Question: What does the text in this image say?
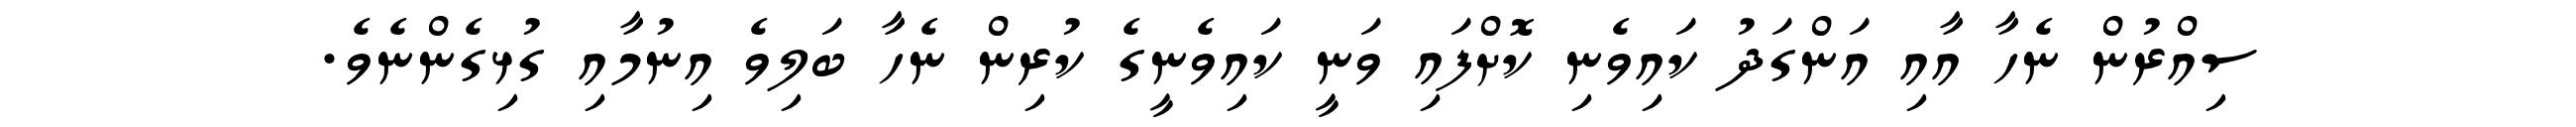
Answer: ސިއްރުން ނެހާ އާއި އަންގަދު ކައިވެނި ކޮށްފައި ވަނީ ކައިވެނީގެ ކުރިން ނެހާ ބަލިވެ އިނުމާއި ގުޅިގެންނެވެ.